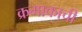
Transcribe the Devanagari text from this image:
क्रमाकाची